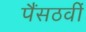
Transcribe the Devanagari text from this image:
पैंसठवीं